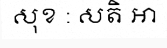
សុខ : សតិ ឤ